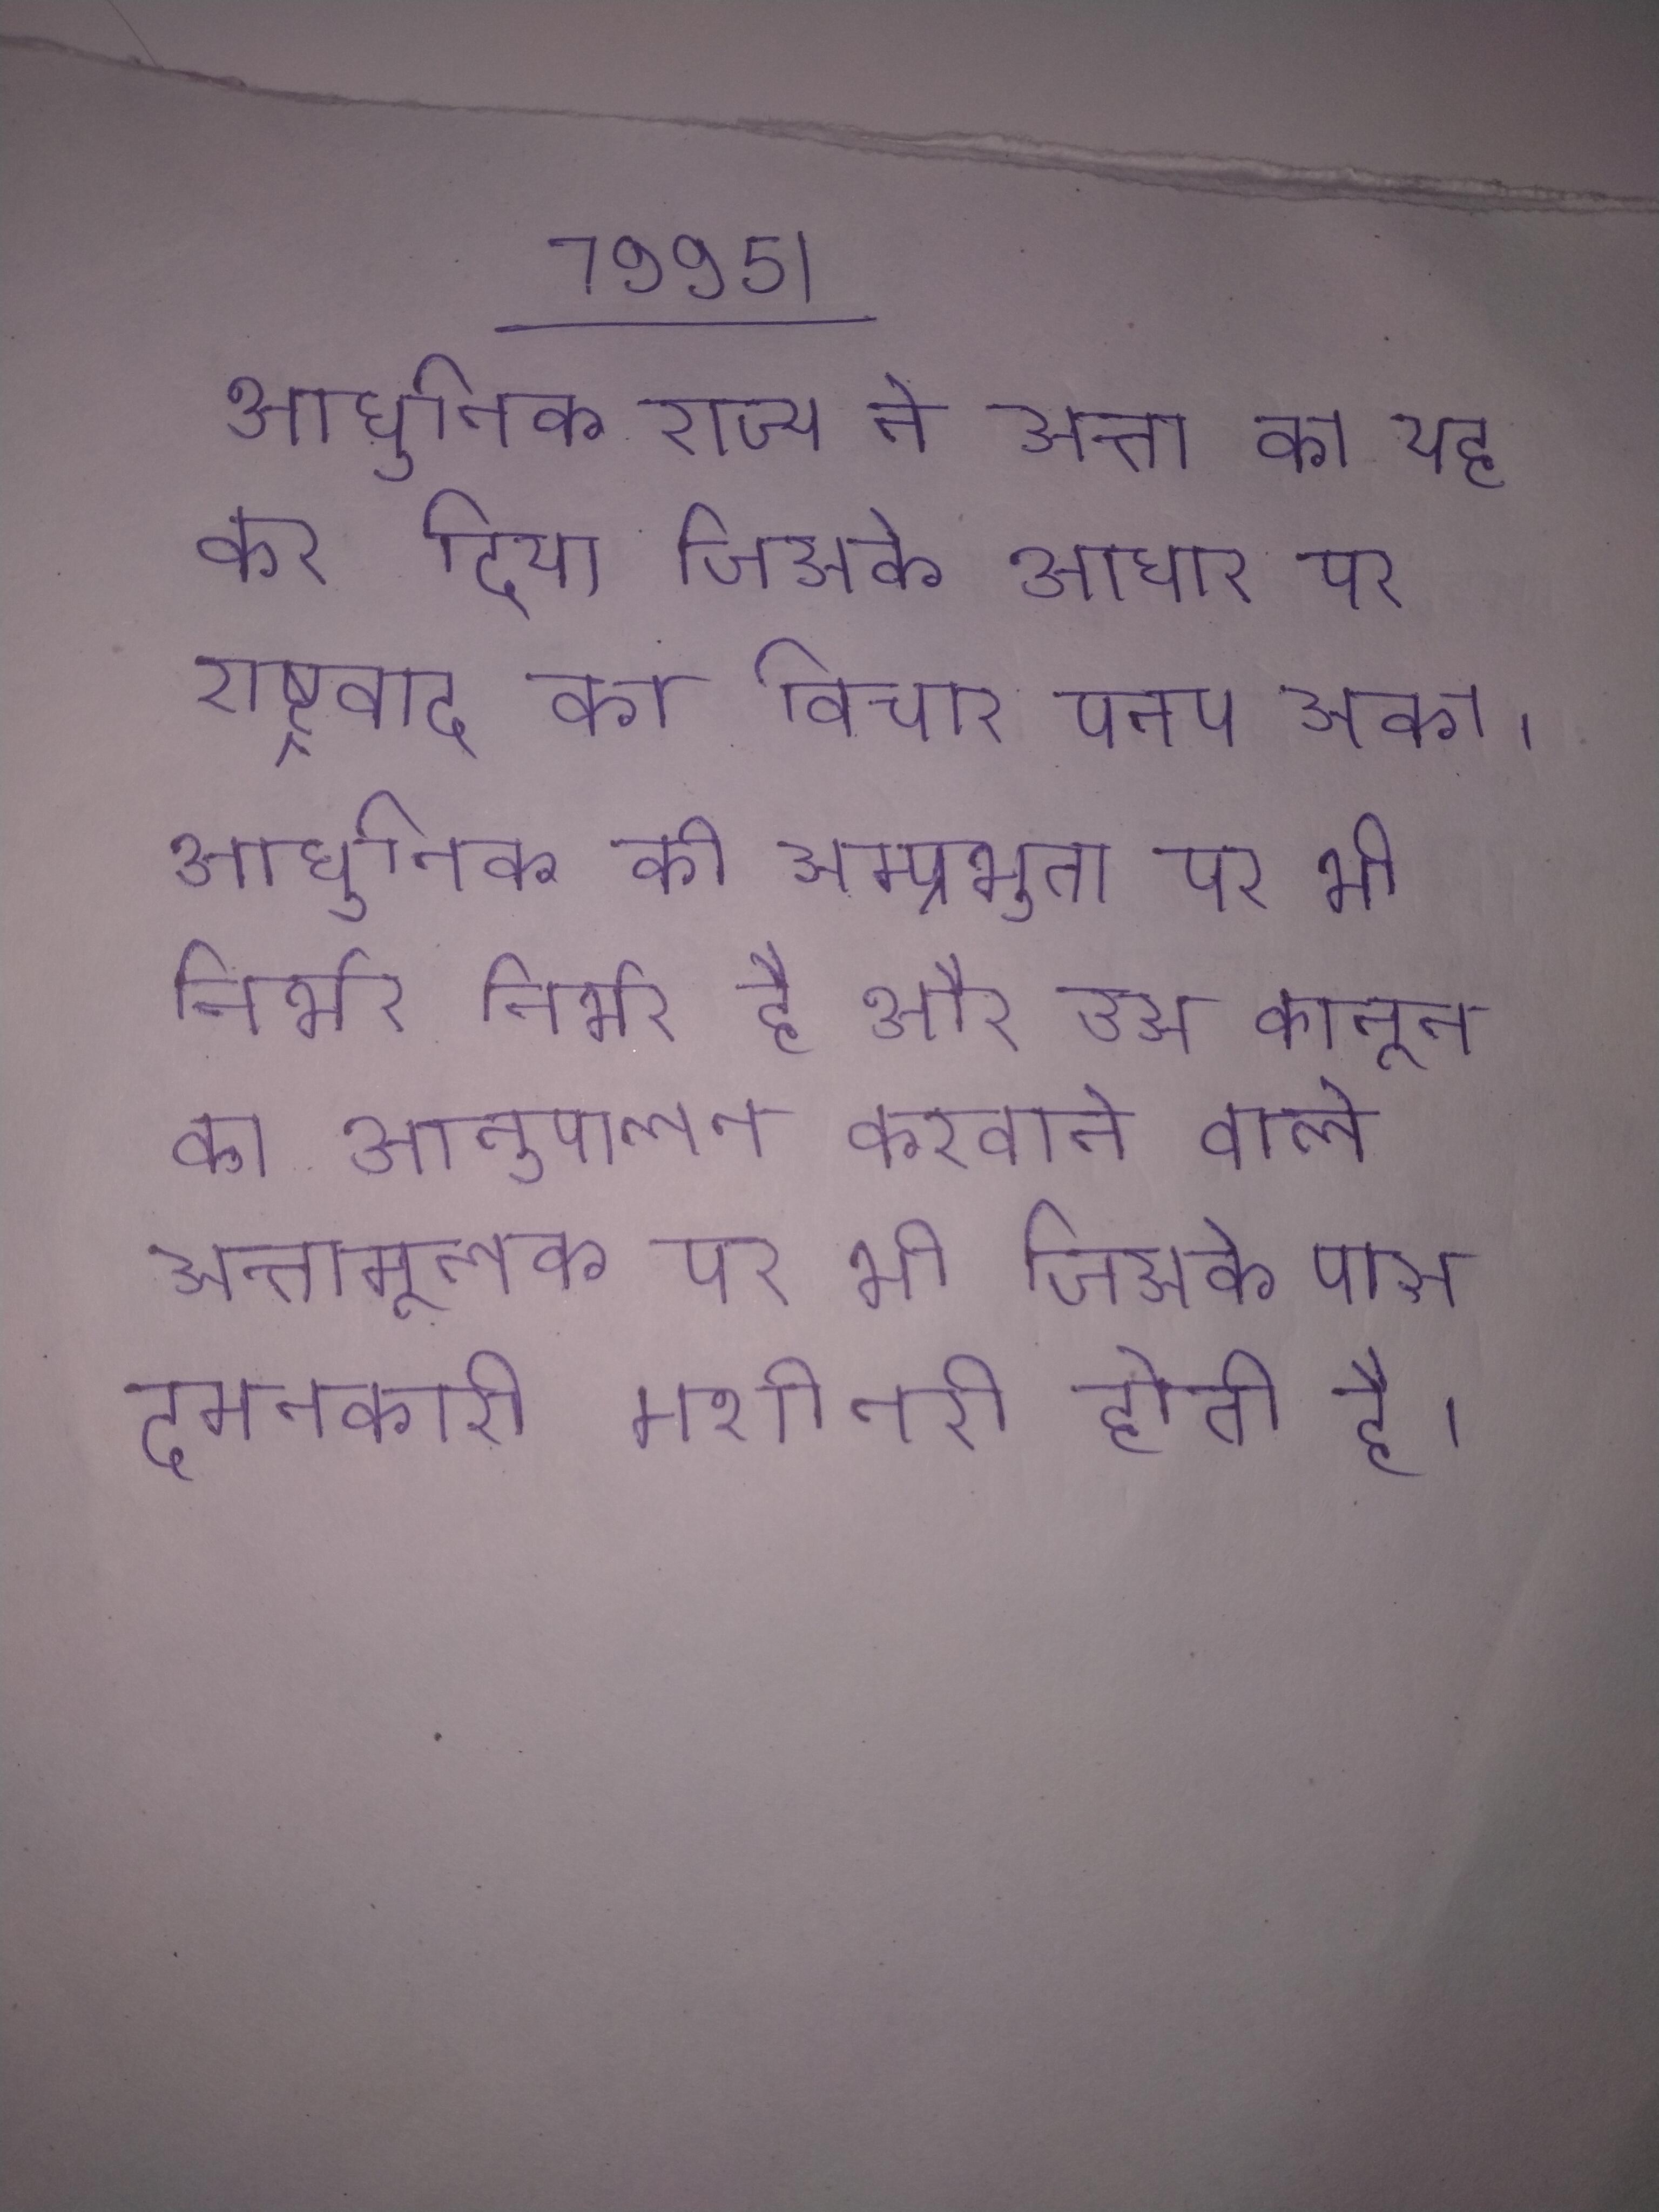
आधुनिक राज्य ने सत्ता का यह कर दिया जिसके आधार पर राष्ट्रवाद का विचार पनप सका । आधुनिक की सम्प्रभुता कानून की सर्वोपरिता पर भी निर्भर है और उस कानून का अनुपालन करवाने वाले सत्तामूलक पर भी जिसके पास दमनकारी मशीनरी होती है ।